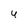
Character: 4